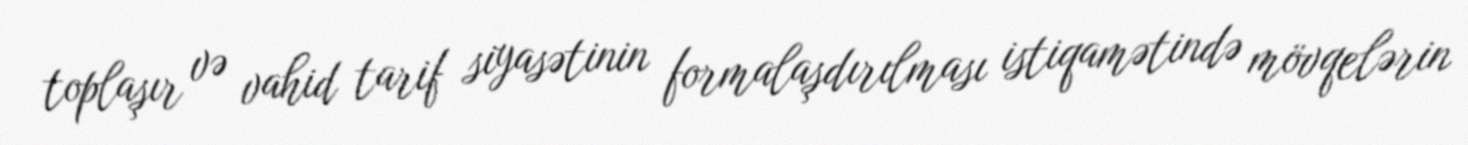
toplaşır və vahid tarif siyasətinin formalaşdırılması istiqamətində mövqelərin